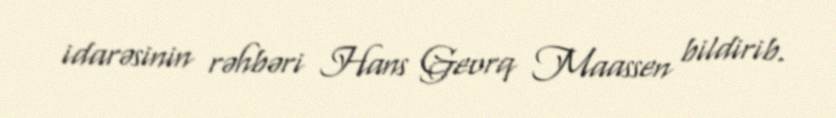
idarəsinin rəhbəri Hans Georq Maassen bildirib.